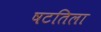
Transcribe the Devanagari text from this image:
षटतिला